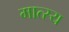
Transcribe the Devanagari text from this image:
मात्स्य